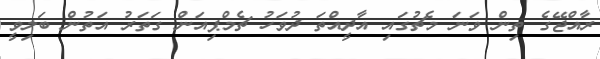
ރާއްޖޭގެ ތިން ވަނަ މެޗުގައި އާދީއްތަ ދުވަހު ޗެމްޕިއަން ގަތަރު އަތުން ބަލިވީ